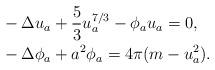
LaTeX: \begin{align*}&- \Delta u_{a} + \frac{5}{3} u_{a}^{7/3} - \phi_{a} u_{a} = 0, \\&- \Delta \phi_{a} + a^{2}\phi_{a} = 4 \pi ( m - u_{a}^{2} ).\end{align*}